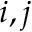
i , j